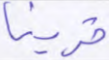
قرينا